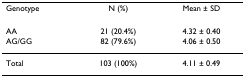
<table><thead><tr><td><b>Genotype</b></td><td><b>N (%)</b></td><td><b>Mean ± SD</b></td></tr></thead><tbody><tr><td>AA</td><td>21 (20.4%)</td><td>4.32 ± 0.40</td></tr><tr><td>AG/GG</td><td>82 (79.6%)</td><td>4.06 ± 0.50</td></tr><tr><td>Total</td><td>103 (100%)</td><td>4.11 ± 0.49</td></tr></tbody></table>